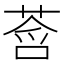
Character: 𫟓